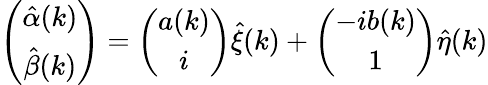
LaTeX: \left(\begin{array}{c}{{\hat{\alpha}(k)}}\\ {{\hat{\beta}(k)}}\end{array}\right)=\left(\begin{array}{c}{{{a}(k)}}\\ {{i}}\end{array}\right)\hat{\xi}(k)+\left(\begin{array}{c}{{-i{b}(k)}}\\ {{1}}\end{array}\right)\hat{\eta}(k)